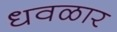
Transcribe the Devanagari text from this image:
धवळार